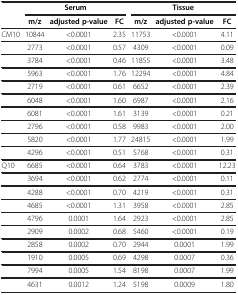
|  | <COLSPAN=3> Serum | <COLSPAN=3> Tissue |
 |  | m/z | adjusted p-value | FC | m/z | adjusted p-value | FC |
 | --- | --- | --- | --- | --- | --- | --- |
 | CM10 | 10844 | <0.0001 | 2.35 | 11753 | <0.0001 | 4.11 |
 |  | 2773 | <0.0001 | 0.57 | 4309 | <0.0001 | 0.09 |
 |  | 3784 | <0.0001 | 0.46 | 11855 | <0.0001 | 3.48 |
 |  | 5963 | <0.0001 | 1.76 | 12294 | <0.0001 | 4.84 |
 |  | 2719 | <0.0001 | 0.61 | 6652 | <0.0001 | 2.39 |
 |  | 6048 | <0.0001 | 1.60 | 6987 | <0.0001 | 2.16 |
 |  | 6081 | <0.0001 | 1.61 | 3139 | <0.0001 | 0.21 |
 |  | 2796 | <0.0001 | 0.58 | 9983 | <0.0001 | 2.00 |
 |  | 5820 | <0.0001 | 1.77 | 24815 | <0.0001 | 1.99 |
 |  | 4296 | <0.0001 | 0.51 | 5768 | <0.0001 | 0.31 |
 | Q10 | 6685 | <0.0001 | 0.64 | 3783 | <0.0001 | 12.23 |
 |  | 3694 | <0.0001 | 0.62 | 2774 | <0.0001 | 0.11 |
 |  | 4288 | <0.0001 | 0.70 | 4219 | <0.0001 | 0.31 |
 |  | 4685 | <0.0001 | 1.31 | 3958 | <0.0001 | 2.85 |
 |  | 4796 | 0.0001 | 1.64 | 2923 | <0.0001 | 2.85 |
 |  | 2909 | 0.0002 | 0.68 | 5460 | <0.0001 | 0.19 |
 |  | 2858 | 0.0002 | 0.70 | 2944 | 0.0001 | 1.99 |
 |  | 1910 | 0.0005 | 0.69 | 4298 | 0.0007 | 0.36 |
 |  | 7994 | 0.0005 | 1.54 | 8198 | 0.0007 | 1.99 |
 |  | 4631 | 0.0012 | 1.24 | 5198 | 0.0009 | 1.80 |